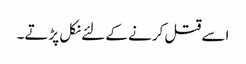
اسے قتل کرنے کے لئے نکل پڑتے۔